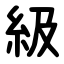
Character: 級